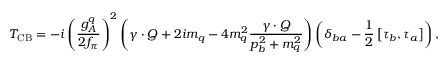
T _ { \mathrm { C B } } = - i \left( \frac { g _ { A } ^ { q } } { 2 f _ { \pi } } \right) ^ { 2 } \left( \gamma \cdot Q + 2 i m _ { q } - 4 m _ { q } ^ { 2 } \frac { \gamma \cdot Q } { p _ { b } ^ { 2 } + m _ { q } ^ { 2 } } \right) \left( \delta _ { b a } - \frac { 1 } { 2 } \left[ \tau _ { b } , \tau _ { a } \right] \right) ,